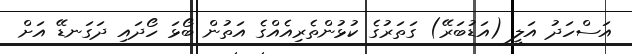
އަސްހަދު އަލީ (އަޑުބަރޭ) ގަތަރުގެ ކުޅުންތެރިއެއްގެ އަތުން ބޯޅަ ހޯދައި ދަގަނޑޭ އަށް